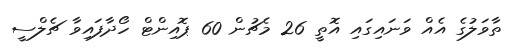
ތާވަލުގެ އެއް ވަނައިގައި އޮތީ 26 މެޗުން 60 ޕޮއިންޓް ހޯދާފައިވާ ޗެލްސީ